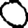
Digit: 0